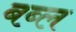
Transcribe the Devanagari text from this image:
बब्ल